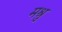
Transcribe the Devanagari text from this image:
मश्रु